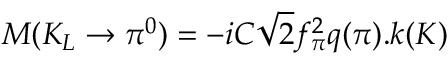
M ( K _ { L } \rightarrow \pi ^ { 0 } ) = - i C \sqrt { 2 } f _ { \pi } ^ { 2 } q ( \pi ) . k ( K )